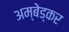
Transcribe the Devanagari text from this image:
अम्बेड्कर